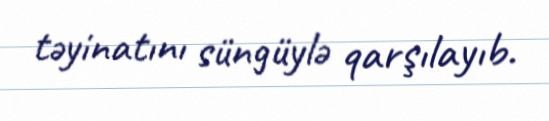
təyinatını süngüylə qarşılayıb.